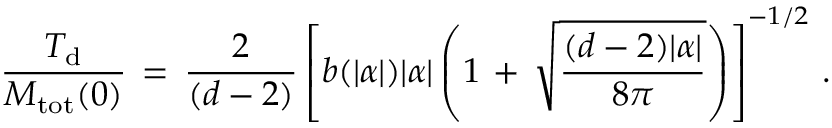
\frac { T _ { \mathrm { d } } } { M _ { \mathrm { t o t } } ( 0 ) } \, = \, \frac { 2 } { ( d - 2 ) } \left[ b ( | \alpha | ) | \alpha | \left( 1 \, + \, \sqrt { \frac { ( d - 2 ) | \alpha | } { 8 \pi } } \right) \right] ^ { - 1 / 2 } \, { . }